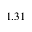
1 . 3 1